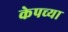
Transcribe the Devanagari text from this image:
केपच्या